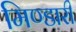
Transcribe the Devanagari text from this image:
मिण्डारी